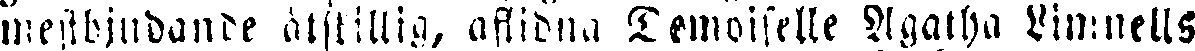
mestbjudande åtskillig, aflidna Demoiselle Agatha Limnells